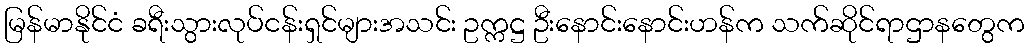
မြန်မာနိုင်ငံ ခရီးသွားလုပ်ငန်းရှင်များအသင်း ဥက္ကဋ္ဌ ဦးနောင်းနောင်းဟန်က သက်ဆိုင်ရာဌာနတွေက